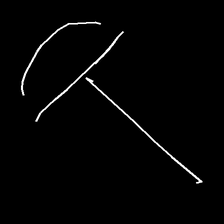
Glyph: dispersion